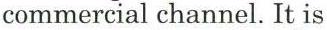
commercial channel. It is